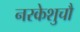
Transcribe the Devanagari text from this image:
नरकेशुचौ